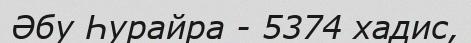
Әбу Һурайра - 5374 хадис,